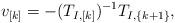
LaTeX: \begin{align*} v_{[k]} = -(T_{I,[k]})^{-1} T_{I,\{k+1\}}, \end{align*}